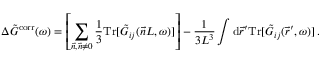
\Delta \Tilde { G } ^ { \mathrm { c o r r } } ( \omega ) = \left[ \sum _ { \vec { n } , \vec { n } \neq 0 } \frac { 1 } { 3 } \mathrm { T r } [ \Tilde { G } _ { i j } ( \vec { n } L , \omega ) ] \right] - \frac { 1 } { 3 L ^ { 3 } } \int \mathrm { d } \vec { r } ^ { \prime } \mathrm { T r } [ \Tilde { G } _ { i j } ( \vec { r } ^ { \prime } , \omega ) ] \, .